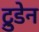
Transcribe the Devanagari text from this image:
ट्रुडेन